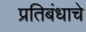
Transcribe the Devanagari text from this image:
प्रतिबंधाचे